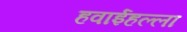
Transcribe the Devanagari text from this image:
हवाईहल्ला